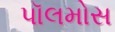
પૉલમોસ